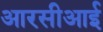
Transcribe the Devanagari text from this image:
आरसीआई